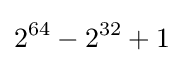
2^{64}-2^{32}+1